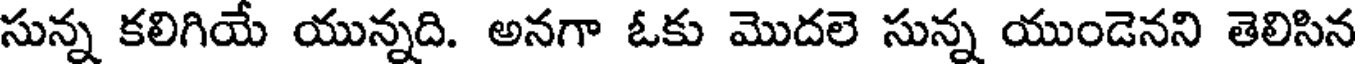
సున్న కలిగియే యున్నది. అనగా ఓకు మొదలె సున్న యుండెనని తెలిసిన